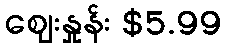
ဈေးနှုန်း $5.99